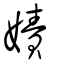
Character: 嫧